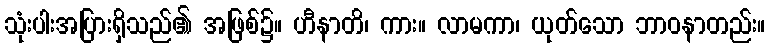
သုံးပါးအပြားရှိသည်၏ အဖြစ်၌။ ဟီနာတိ၊ ကား။ လာမကာ၊ ယုတ်သော ဘာဝနာတည်း။